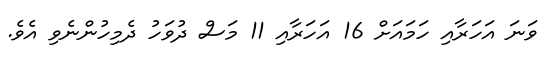
ވަނަ އަހަރާއި ހަމައަށް 16 އަހަރާއި 11 މަސް ދުވަހު ދެމިހުންނެވި އެވެ.